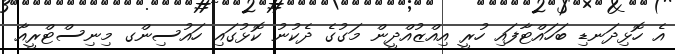
އެ ހޮޅިދަނޑި ބަހައްޓާފައި ހުރީ އިއްޒުއްދީން މަގުގެ ދެކުނު ކޮޅުގައި ހައުސިންގ މިނިސްޓްރީއާ